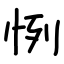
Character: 㤡